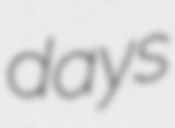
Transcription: days